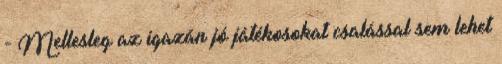
- Mellesleg az igazán jó játékosokat csalással sem lehet